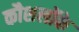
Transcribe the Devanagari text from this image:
कौशलोंके